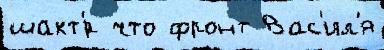
шахт'́р что фронт Вас'ил'я